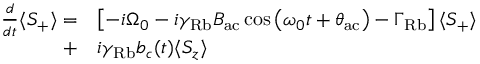
\begin{array} { r l } { \frac { d } { d t } \langle S _ { + } \rangle = } & { \left[ - i \Omega _ { 0 } - i \gamma _ { \mathrm { R b } } B _ { \mathrm { a c } } \cos \left( { \omega _ { 0 } t + \theta _ { \mathrm { a c } } } \right) - \Gamma _ { \mathrm { R b } } \right] \langle S _ { + } \rangle } \\ { + } & { i \gamma _ { \mathrm { R b } } b _ { c } ( t ) \langle S _ { z } \rangle } \end{array}